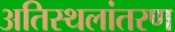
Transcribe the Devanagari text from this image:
अतिस्थलांतरण